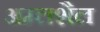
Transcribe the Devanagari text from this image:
अम्लशैल